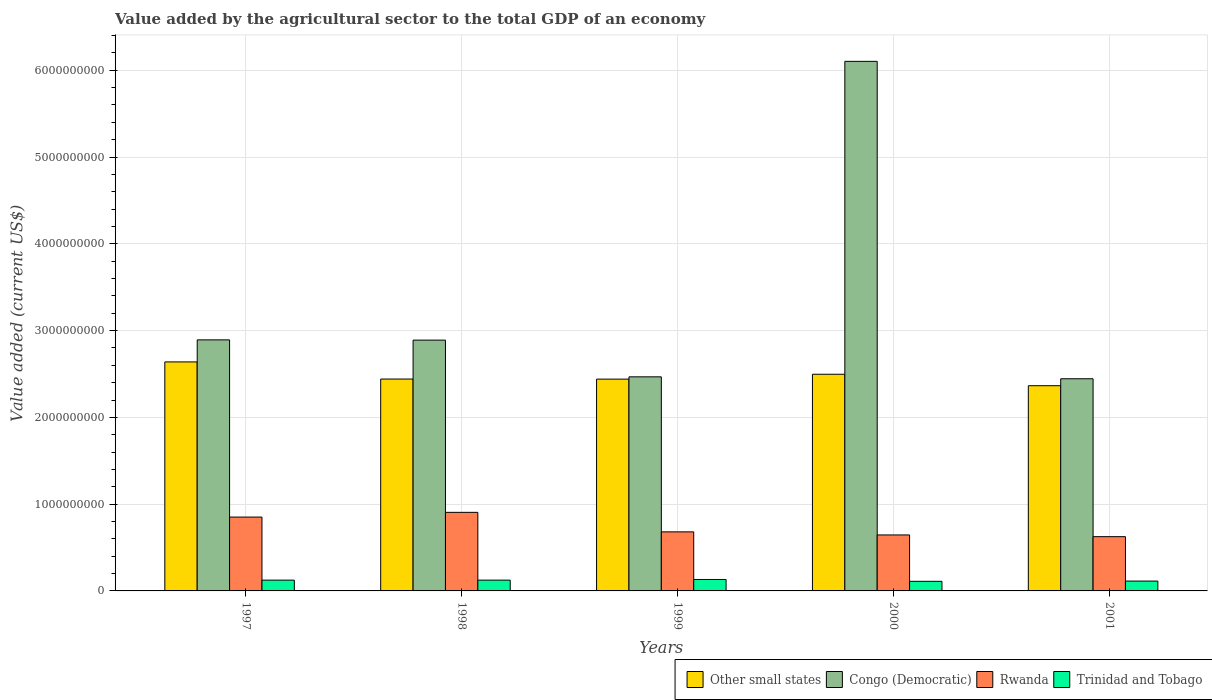
| Years | Other small states | Congo (Democratic) | Rwanda | Trinidad and Tobago |
 | --- | --- | --- | --- | --- |
 | 1997 | 2.64e+09 | 2.89e+09 | 8.51e+08 | 1.24e+08 |
 | 1998 | 2.44e+09 | 2.89e+09 | 9.05e+08 | 1.24e+08 |
 | 1999 | 2.44e+09 | 2.47e+09 | 6.8e+08 | 1.32e+08 |
 | 2000 | 2.5e+09 | 6.1e+09 | 6.45e+08 | 1.11e+08 |
 | 2001 | 2.36e+09 | 2.44e+09 | 6.25e+08 | 1.14e+08 |